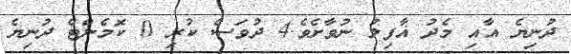
ދުނިޔެ އާއި މެދު ޣާފިލު ނުވާށެވެ.4 ދުވަސް ކުރި 0 ކޮމެންޓް ދުނިޔެ